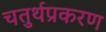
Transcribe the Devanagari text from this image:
चतुर्थप्रकरण